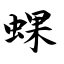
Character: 蜾